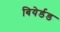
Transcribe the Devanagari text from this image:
बियेर्डड